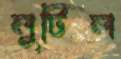
লুটিল